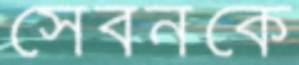
সেবনকে